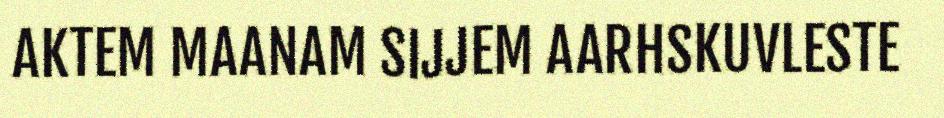
AKTEM MAANAM SIJJEM AARHSKUVLESTE